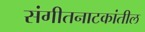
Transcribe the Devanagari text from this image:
संगीतनाटकांतील